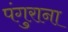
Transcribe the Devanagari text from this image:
पंगुराना